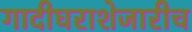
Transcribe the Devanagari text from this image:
गादीघराशेजारीच